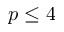
p \leq 4